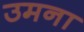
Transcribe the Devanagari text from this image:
उमना